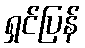
ရှင်ပြန်